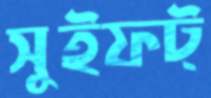
সুইফট্